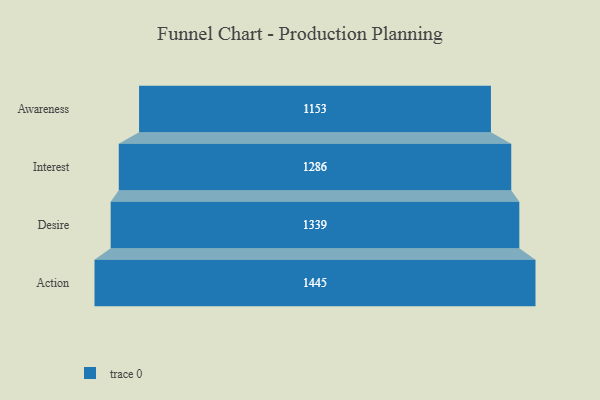
{"axis": {"x": "Stage", "y": "Value"}, "legend": [""], "data": [{"x": "Awareness", "y": 1153.0, "type": ""}, {"x": "Interest", "y": 1286.0, "type": ""}, {"x": "Desire", "y": 1339.0, "type": ""}, {"x": "Action", "y": 1445.0, "type": ""}]}